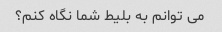
می توانم به بلیط شما نگاه کنم؟